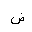
Letter: _dad